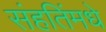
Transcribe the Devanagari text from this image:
संहतिंमधे